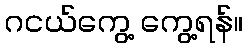
ဂငယ်ကွေ့ ကွေ့ရန်။